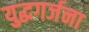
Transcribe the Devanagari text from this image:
युद्धगर्जना